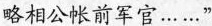
略相公帐前军官……”